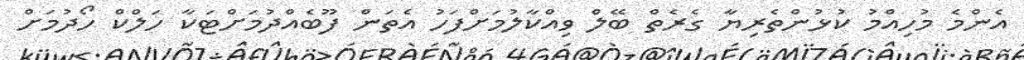
އެންމެ މުހިއްމު ކުޅުންތެރިޔާ ގެރެތް ބޭލް ވިއްކާލުމަށްފަހު އެތަން ފޫބެއްދުމަށްޓަކާ ހަލްކް ހޯދުމަށް